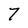
Character: 7